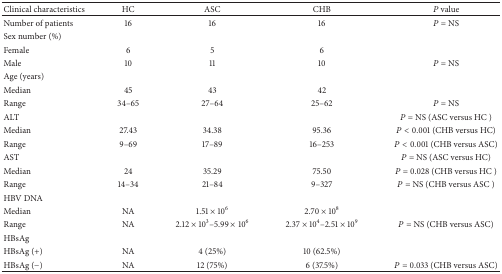
<table><thead><tr><td><b>Clinical characteristics</b></td><td><b>HC </b></td><td><b>ASC </b></td><td><b>CHB </b></td><td><b><i>P</i> value</b></td></tr></thead><tbody><tr><td>Number of patients</td><td>16</td><td>16</td><td>16</td><td><i>P</i> = NS</td></tr><tr><td>Sex number (%)</td><td> </td><td> </td><td> </td><td> </td></tr><tr><td>Female</td><td>6</td><td>5</td><td>6</td><td> </td></tr><tr><td>Male</td><td>10</td><td>11</td><td>10</td><td><i>P</i> = NS</td></tr><tr><td>Age (years)</td><td> </td><td> </td><td> </td><td> </td></tr><tr><td>Median</td><td>45</td><td>43</td><td>42</td><td> </td></tr><tr><td>Range</td><td>34–65</td><td>27–64</td><td>25–62</td><td><i>P</i> = NS</td></tr><tr><td>ALT</td><td> </td><td> </td><td> </td><td><i>P</i> = NS (ASC versus HC )</td></tr><tr><td>Median</td><td>27.43</td><td>34.38</td><td>95.36</td><td><i>P</i>&lt; 0.001 (CHB versus HC)</td></tr><tr><td>Range</td><td>9–69</td><td>17–89</td><td>16–253</td><td><i>P</i>&lt; 0.001 (CHB versus ASC)</td></tr><tr><td>AST</td><td> </td><td> </td><td> </td><td><i>P</i> = NS (ASC versus HC)</td></tr><tr><td>Median</td><td>24</td><td>35.29</td><td>75.50</td><td><i>P</i> = 0.028 (CHB versus HC )</td></tr><tr><td>Range</td><td>14–34</td><td>21–84</td><td>9–327</td><td><i>P</i> = NS (CHB versus ASC )</td></tr><tr><td>HBV DNA</td><td> </td><td> </td><td> </td><td> </td></tr><tr><td>Median</td><td>NA</td><td>1.51 × 10<sup>6</sup></td><td>2.70 × 10<sup>8</sup></td><td> </td></tr><tr><td>Range</td><td>NA</td><td>2.12 × 10<sup>3</sup>–5.99 × 10<sup>6</sup></td><td>2.37 × 10<sup>4</sup>–2.51 × 10<sup>9</sup></td><td><i>P</i> = NS (CHB versus ASC)</td></tr><tr><td>HBsAg</td><td> </td><td> </td><td> </td><td> </td></tr><tr><td>HBsAg (+)</td><td>NA</td><td>4 (25%)</td><td>10 (62.5%)</td><td> </td></tr><tr><td>HBsAg (−)</td><td>NA</td><td>12 (75%)</td><td>6 (37.5%)</td><td><i>P</i> = 0.033 (CHB versus ASC)</td></tr></tbody></table>